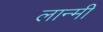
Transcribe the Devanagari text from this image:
लान्मी